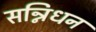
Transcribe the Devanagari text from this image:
सन्निधन